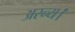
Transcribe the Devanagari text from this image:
अरन्य।